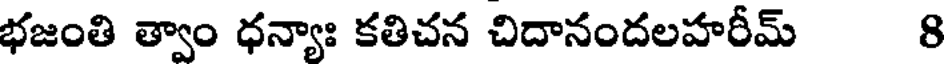
భజంతి త్వాం ధన్యాః కతిచన చిదానందలహరీమ్ 8